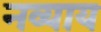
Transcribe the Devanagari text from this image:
नव्याय